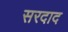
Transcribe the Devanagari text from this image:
सरदाद